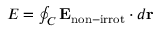
\begin{array} { r } { { \cal E } = \oint _ { C } { \bf E } _ { \mathrm { n o n - i r r o t } } \cdot d { \bf r } } \end{array}